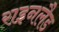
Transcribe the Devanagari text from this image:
राइनलैड